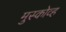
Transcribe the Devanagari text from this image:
मुस्कोव्ह